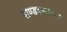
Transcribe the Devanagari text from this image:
पाण्डवस्ततः॥